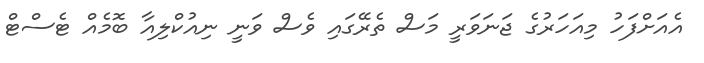
އެއަށްފަހު މިއަހަރުގެ ޖަނަވަރީ މަސް ތެރޭގައި ވެސް ވަނީ ނިއުކްލިއާ ބޮމެއް ޓެސްޓް